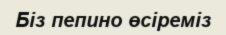
Біз пепино өсіреміз